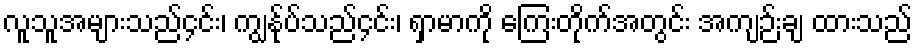
လူသူအများသည်၄င်း၊ ကျွနု်ပ်သည်၄င်း၊ ရှာမာကို ကြေးတိုက်အတွင်း အကျဉ်းချ ထားသည်